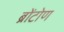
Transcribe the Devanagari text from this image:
ब्रोंटोण